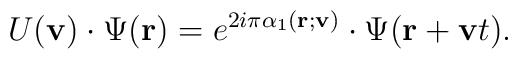
U({\bf v})\cdot \Psi({\bf r})=e^{2i\pi \alpha_1({\bf r};{\bf v})}\cdot\Psi({\bf r}+{\bf v}t).